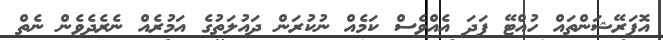
އޮޕަރޭޝަންތައް ހުއްޓޭ ފަދަ އެއްވެސް ކަމެއް ނުކުރަން ދައުލަތުގެ އަމުރެއް ނެރެދެވެން ނެތް